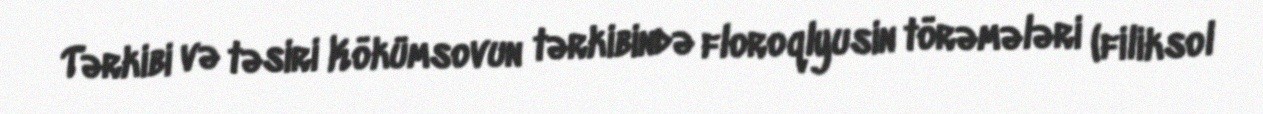
Tərkibi və təsiri Kökümsovun tərkibində floroqlyusin törəmələri (filiksol